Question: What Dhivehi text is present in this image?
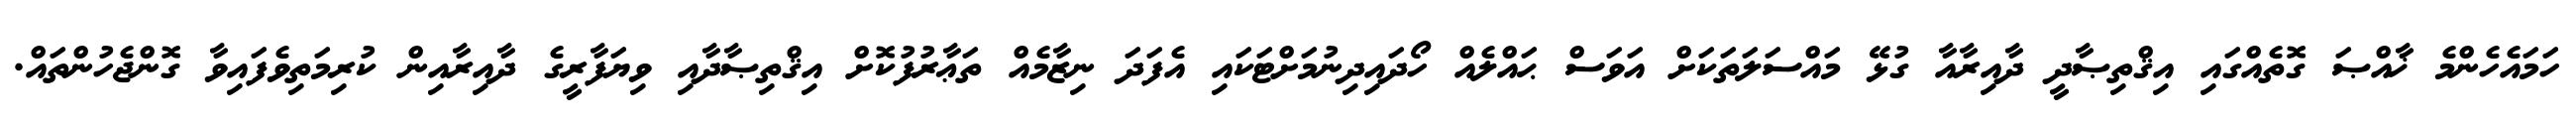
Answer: ހަމައެހެންމެ ޚާއްޞަ ގޮތެއްގައި އިޤްތިޞާދީ ދާއިރާއާ ގުޅޭ މައްސަލަތަކަށް އަވަސް ޙައްލެއް ހޯދައިދިނުމަށްޓަކައި އެފަދަ ނިޒާމެއް ތަޢާރުފުކޮށް އިޤްތިޞާދާއި ވިޔަފާރީގެ ދާއިރާއިން ކުރިމަތިވެފައިވާ ގޮންޖެހުންތައް.